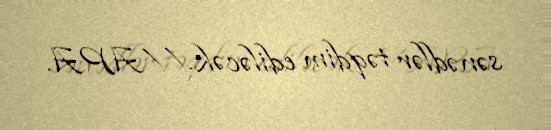
sənədlər təqdim ediləcək.//APA.